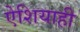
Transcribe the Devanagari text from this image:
ऐशियाही